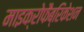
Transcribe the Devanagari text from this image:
माइक्रोफैब्रिकेशन